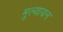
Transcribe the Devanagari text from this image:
मूल्यायन